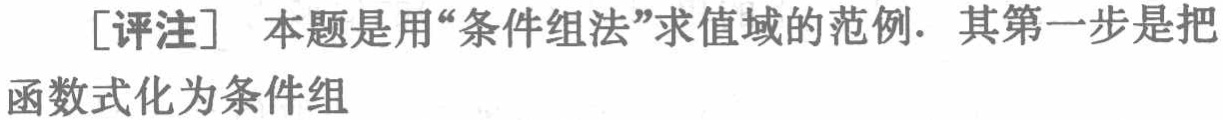
[评注] 本题是用“条件组法”求值域的范例. 其第一步是把函数式化为条件组